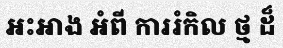
អះអាង អំពី ការរំកិល ថ្ម ដ៏